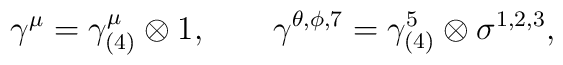
\gamma^{\mu}=\gamma_{(4)}^{\mu}\otimes 1, \qquad \gamma^{\theta,\phi,7}=\gamma_{(4)}^5 \otimes\sigma^{1,2,3},